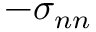
- \sigma _ { n n }